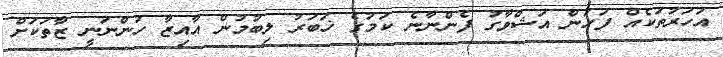
އަހަރުތަކެއް ފަހުން އަޝްވާގު ފެންނާނެ ކަމުގެ ޚަބަރު ލިބުމުން އާއިޒާ ހުންނަނީ ޒާތަކަށް